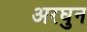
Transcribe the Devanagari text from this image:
अरघुन